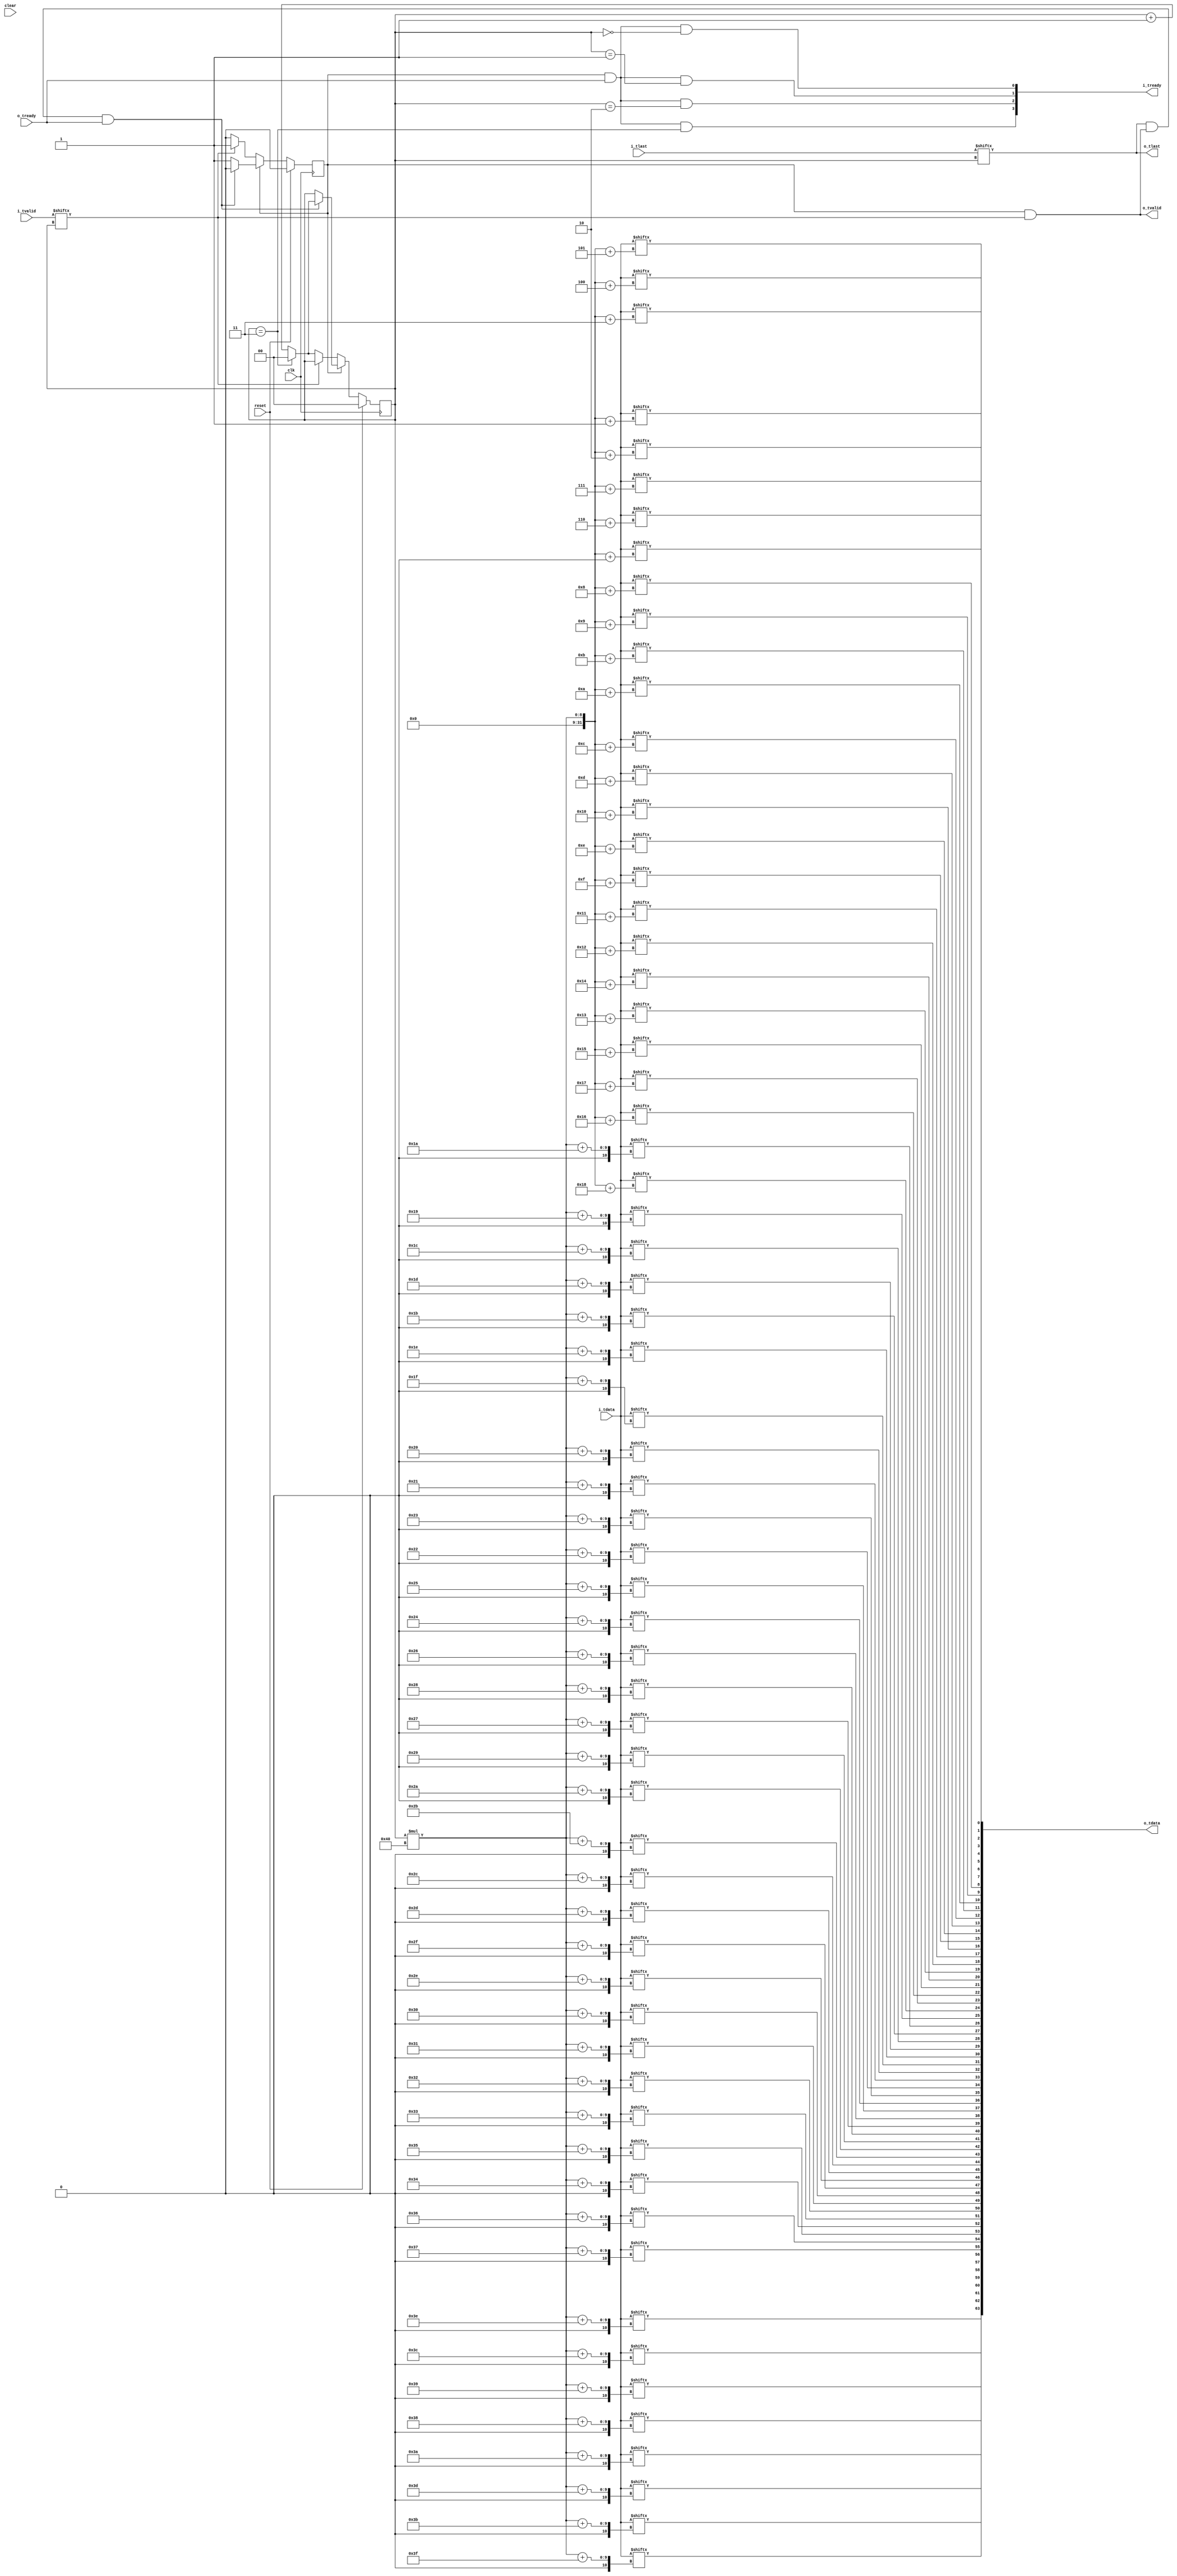
//
// Copyright 2021 Ettus Research, a National Instruments Brand
//
// SPDX-License-Identifier: LGPL-3.0-or-later
//
// Module: axi_mux
//
// Description:
//
//   Takes arbitrary number of AXI streams and merges them to into a single
//   output channel. Bubble cycles are inserted after each packet.
//
// Parameters:
//
//   PRIO           : Controls the arbitration scheme.
//                    0 - Round-robin
//                    1 - Priority (lower number ports get priority)
//   WIDTH          : Width of each AXI-Stream (width of TDATA).
//   PRE_FIFO_SIZE  : Log2 of the input buffer FIFO. Set to 0 for no FIFO.
//   POST_FIFO_SIZE : Log2 of the output buffer FIFO. Set to 0 for no FIFO.
//   SIZE           : Number of input ports to the multiplexer.
//

`default_nettype none


module axi_mux #(
  parameter PRIO           = 0,
  parameter WIDTH          = 64,
  parameter PRE_FIFO_SIZE  = 0,
  parameter POST_FIFO_SIZE = 0,
  parameter SIZE           = 4
) (
  input  wire                  clk,
  input  wire                  reset,
  input  wire                  clear,

  // Input streams
  input  wire [WIDTH*SIZE-1:0] i_tdata,
  input  wire [      SIZE-1:0] i_tlast,
  input  wire [      SIZE-1:0] i_tvalid,
  output wire [      SIZE-1:0] i_tready,

  // Single output stream
  output wire [     WIDTH-1:0] o_tdata,
  output wire                  o_tlast,
  output wire                  o_tvalid,
  input  wire                  o_tready
);

  wire [WIDTH*SIZE-1:0] i_tdata_int;
  wire [      SIZE-1:0] i_tlast_int;
  wire [      SIZE-1:0] i_tvalid_int;
  wire [      SIZE-1:0] i_tready_int;

  wire [WIDTH-1:0] o_tdata_int;
  wire             o_tlast_int;
  wire             o_tvalid_int;
  wire             o_tready_int;

  reg [$clog2(SIZE)-1:0] st_port;
  reg                    st_active;

  //---------------------------------------------------------------------------
  // Input FIFO
  //---------------------------------------------------------------------------

  genvar n;
  generate
    if (PRE_FIFO_SIZE == 0) begin : gen_no_pre_fifo
      assign i_tdata_int  = i_tdata;
      assign i_tlast_int  = i_tlast;
      assign i_tvalid_int = i_tvalid;
      assign i_tready     = i_tready_int;
    end else begin : gen_pre_fifo
      for (n = 0; n < SIZE; n = n + 1) begin
        axi_fifo #(
          .WIDTH(WIDTH+1      ),
          .SIZE (PRE_FIFO_SIZE)
        ) axi_fifo (
          .clk     (clk                                                ),
          .reset   (reset                                              ),
          .clear   (clear                                              ),
          .i_tdata ({i_tlast[n],i_tdata[WIDTH*(n+1)-1:WIDTH*n]}        ),
          .i_tvalid(i_tvalid[n]                                        ),
          .i_tready(i_tready[n]                                        ),
          .o_tdata ({i_tlast_int[n],i_tdata_int[WIDTH*(n+1)-1:WIDTH*n]}),
          .o_tvalid(i_tvalid_int[n]                                    ),
          .o_tready(i_tready_int[n]                                    ),
          .space   (                                                   ),
          .occupied(                                                   )
        );
      end
    end
  endgenerate

  //---------------------------------------------------------------------------
  // Multiplexer Logic
  //---------------------------------------------------------------------------

  always @(posedge clk) begin
    if (reset) begin
        st_port <= 0;
        st_active <= 1'b0;
    end else begin
      if (st_active) begin
        if (o_tlast_int & o_tvalid_int & o_tready_int) begin
          st_active <= 1'b0;
          if ((PRIO != 0) | (st_port == (SIZE-1))) begin
            st_port <= 0;
          end else begin
            st_port <= st_port + 1;
          end
        end
      end else begin
        if (i_tvalid_int[st_port]) begin
          st_active <= 1'b1;
        end else begin
          if (st_port == (SIZE-1)) begin
            st_port <= 0;
          end else begin
            st_port <= st_port + 1;
          end
        end
      end
    end
  end

  genvar i;
  generate
    for (i=0; i<SIZE; i=i+1) begin : gen_tready
      assign i_tready_int[i] = st_active & o_tready_int & (st_port == i);
    end
  endgenerate

  assign o_tvalid_int = st_active & i_tvalid_int[st_port];
  assign o_tlast_int  = i_tlast_int[st_port];

  genvar j;
  generate
    for (j=0; j<WIDTH; j=j+1) begin : gen_tdata
     assign o_tdata_int[j] = i_tdata_int[st_port*WIDTH+j];
    end
  endgenerate

  //---------------------------------------------------------------------------
  // Output FIFO
  //---------------------------------------------------------------------------

  generate
    if (POST_FIFO_SIZE == 0) begin
      assign o_tdata      = o_tdata_int;
      assign o_tlast      = o_tlast_int;
      assign o_tvalid     = o_tvalid_int;
      assign o_tready_int = o_tready;
    end else begin
      axi_fifo #(
        .WIDTH(WIDTH+1       ),
        .SIZE (POST_FIFO_SIZE)
      ) axi_fifo (
        .clk     (clk                      ),
        .reset   (reset                    ),
        .clear   (clear                    ),
        .i_tdata ({o_tlast_int,o_tdata_int}),
        .i_tvalid(o_tvalid_int             ),
        .i_tready(o_tready_int             ),
        .o_tdata ({o_tlast,o_tdata}        ),
        .o_tvalid(o_tvalid                 ),
        .o_tready(o_tready                 ),
        .space   (                         ),
        .occupied(                         )
      );
    end
  endgenerate

endmodule


`default_nettype wire